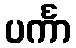
ပင်္ကာ